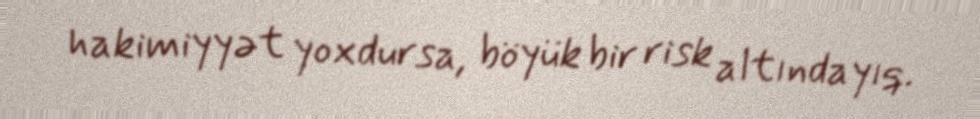
hakimiyyət yoxdursa, böyük bir risk altındayıq.